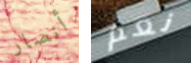
أنصار نعم